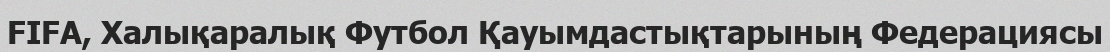
FIFA, Халықаралық Футбол Қауымдастықтарының Федерациясы